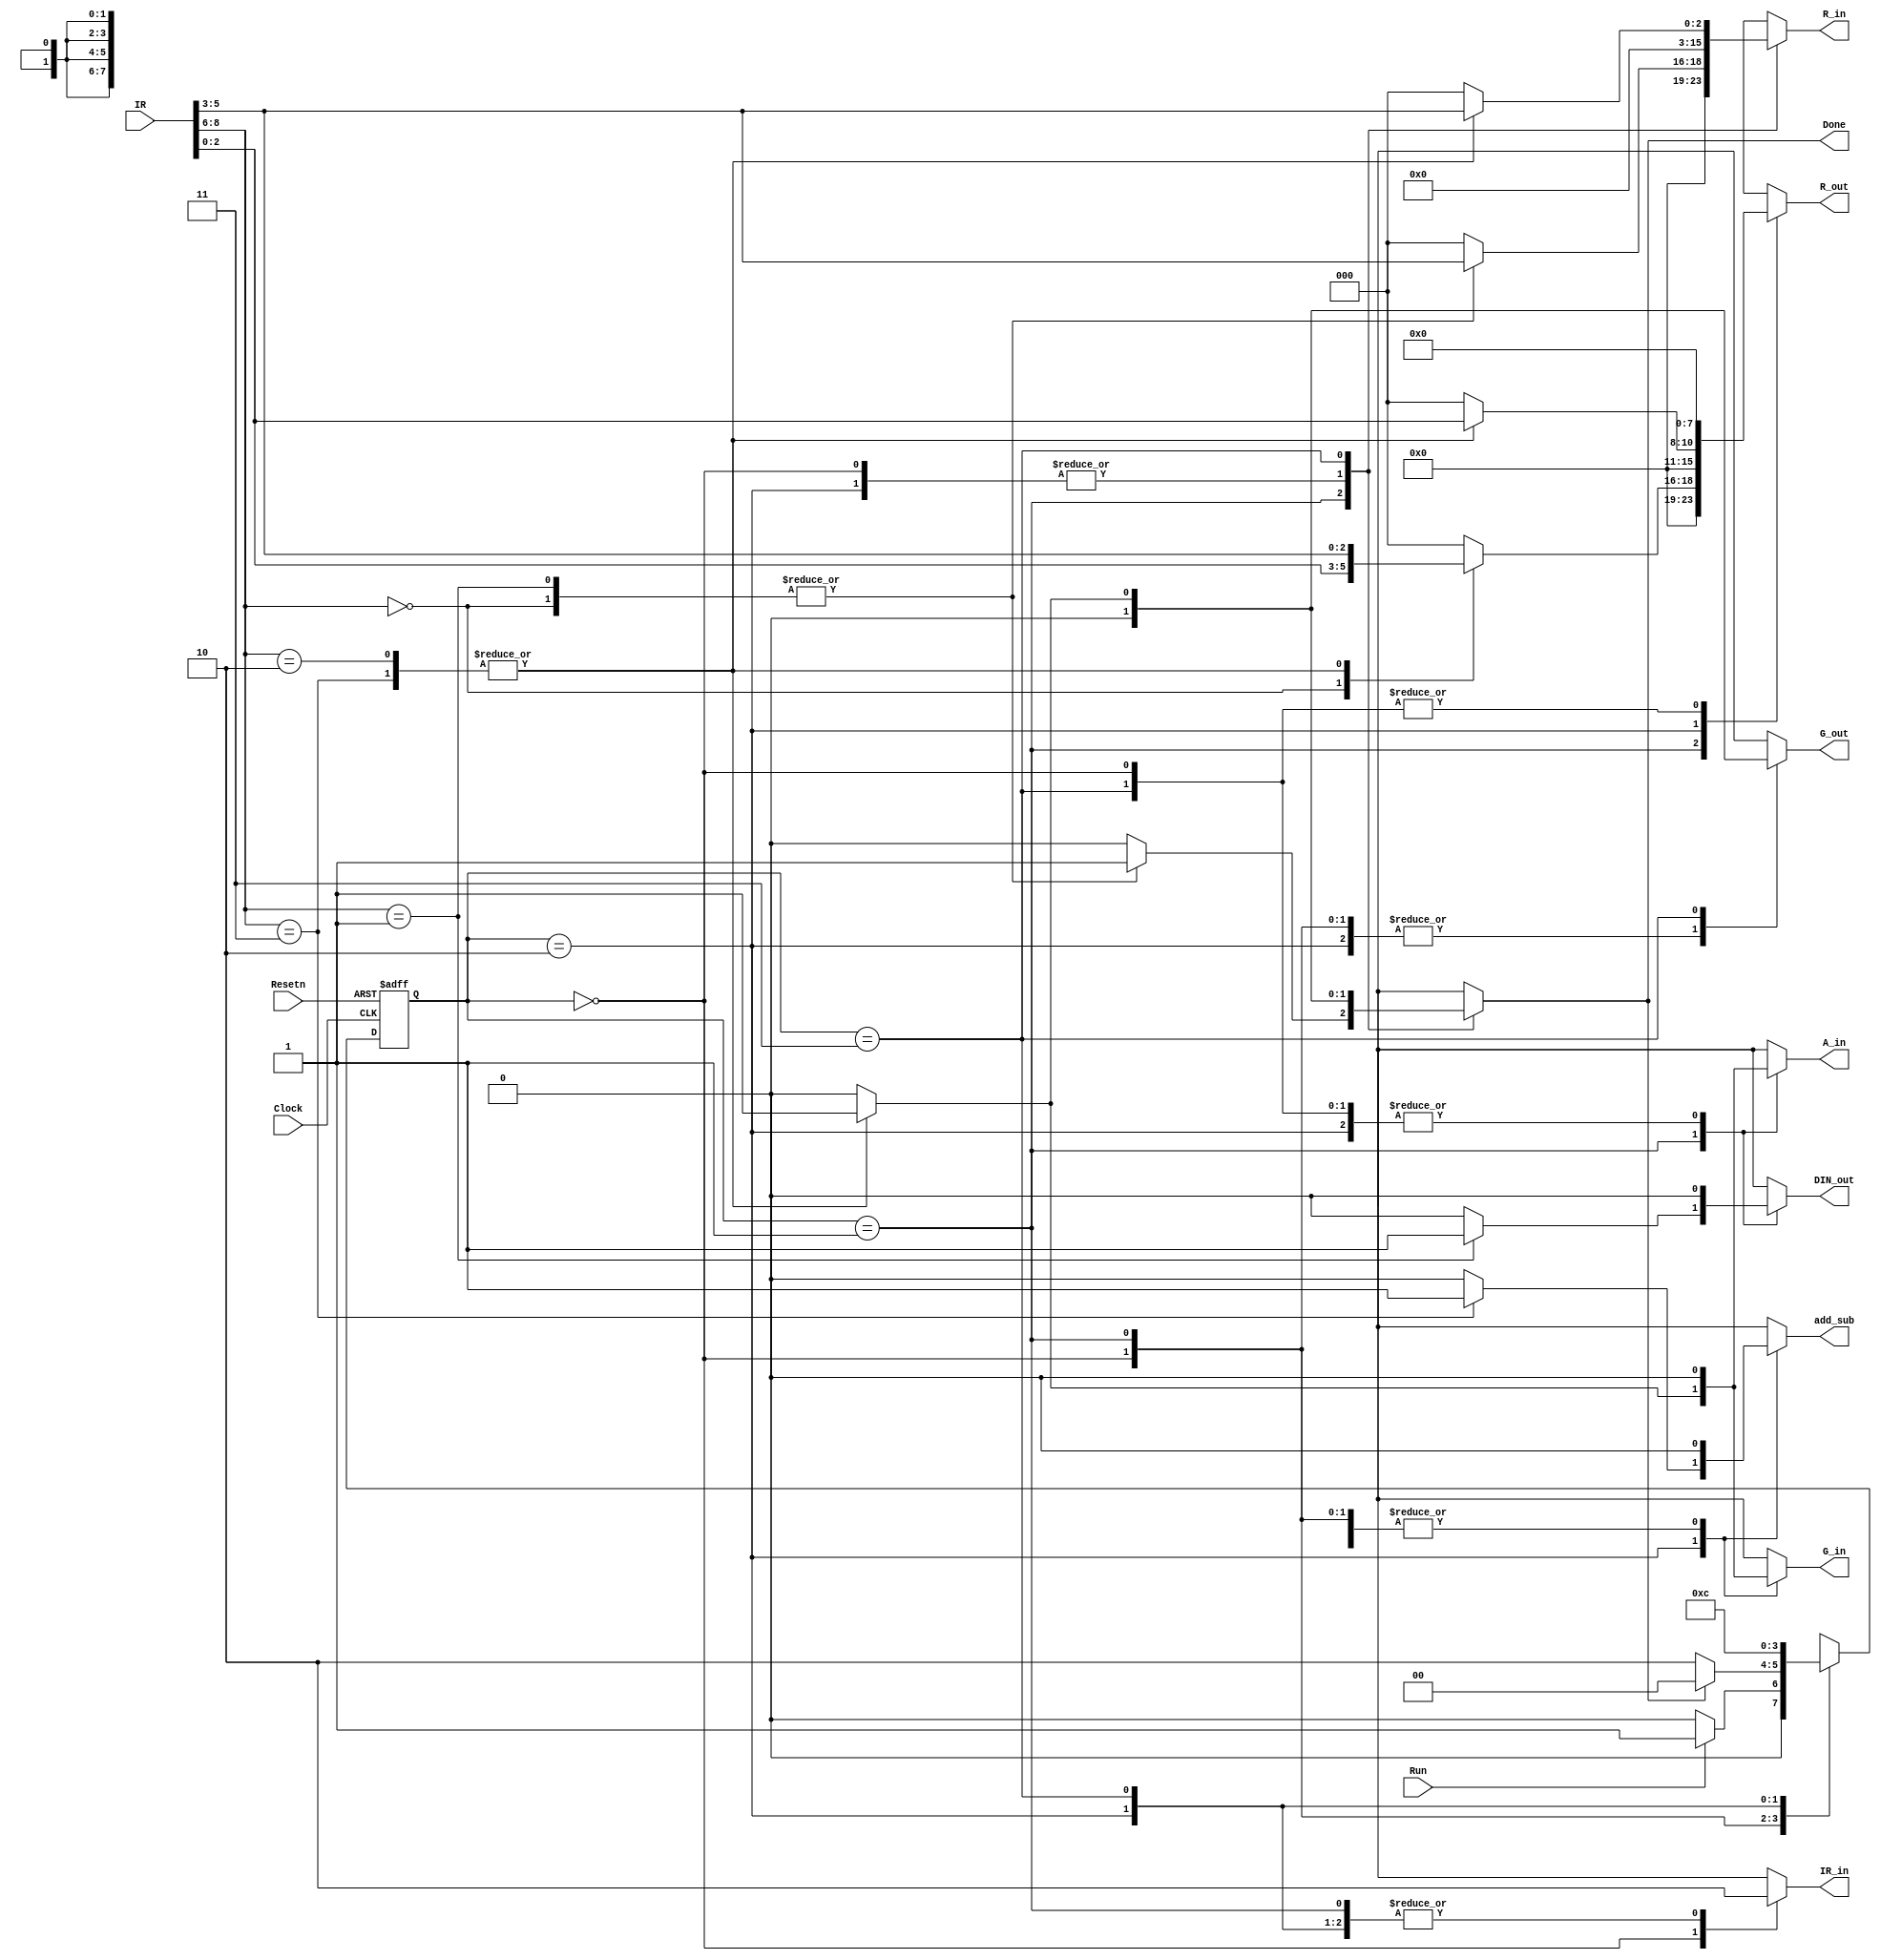
module control_unit (
    input Resetn, Clock, Run,
    input [9:1] IR,
    output reg Done,
    output reg G_in, G_out, DIN_out, add_sub, IR_in, A_in,
    output reg [0:7] R_in, R_out
);

    // State encoding
    localparam [1:0] T0 = 2'b00, T1 = 2'b01, T2 = 2'b10, T3 = 2'b11;

    // Instruction codes
    localparam [1:0] mv = 2'b00, mvi = 2'b01, add = 2'b10, sub = 2'b11;

    // Internal signals
    wire [2:0] I;
    reg [1:0] Tstep_D;
    reg [1:0] Tstep_Q /* synthesis keep */;

    // Extracting opcode
    assign I = IR[9:7];

    // State transitions
    always @(Tstep_Q, Run, Done)
        case (Tstep_Q)
            T0: 
                if (~Run) Tstep_D = T0;
                else Tstep_D = T1;
            T1:
                if (Done) Tstep_D = T0;
                else Tstep_D = T2;
            T2:
                Tstep_D = T3;
            T3:
                Tstep_D = T0;
        endcase

    // Output logic
    always @(Tstep_Q, I)
    begin
        Done = 1'b0;
        G_in = 1'b0;
        G_out = 1'b0;
        A_in = 1'b0;
        add_sub = 1'b0;
        DIN_out = 1'b0;
        R_in = 8'b00000000;
        R_out = 8'b00000000;
        IR_in = 1'b0;

        case (Tstep_Q)
            T0:
                IR_in = 1'b1;
            T1:
                case (I)
                    mv:
                    begin
                        R_out = IR[3:1]; // Xreg
                        R_in = IR[6:4];  // Yreg
                        Done = 1'b1;
                    end
                    mvi:
                    begin
                        DIN_out = 1'b1;
                        R_in = IR[6:4]; // Xreg
                        Done = 1'b1;
                    end
                    add, sub:
                    begin
                        R_out = IR[6:4]; // Xreg
                        A_in = 1'b1;
                    end
                endcase
            T2:
                case (I)
                    add:
                    begin
                        R_out = IR[3:1]; // Yreg
                        G_in = 1'b1;
                    end
                    sub:
                    begin
                        R_out = IR[3:1]; // Yreg
                        G_in = 1'b1;
                        add_sub = 1'b1;
                    end            
                endcase
            T3:
                case (I)
                    add, sub:
                    begin
                        G_out = 1'b1;
                        R_in = IR[6:4]; // Xreg
                        Done = 1'b1;
                    end
                endcase
        endcase
    end

    // State register
    always @(posedge Clock, negedge Resetn)
        if (!Resetn) 
            Tstep_Q <= T0;
        else 
            Tstep_Q <= Tstep_D;

endmodule